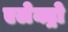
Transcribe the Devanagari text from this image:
एलेक्ट्रो